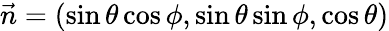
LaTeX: \vec{n}=(\sin\theta\cos\phi,\sin\theta\sin\phi,\cos\theta)